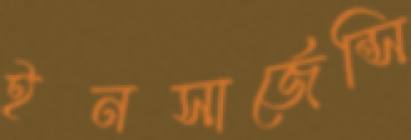
ইনসার্জেন্সি